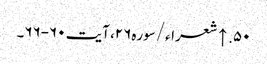
۵۰. ↑ شعراء/سوره۲۶، آیت ۶۰-۶۶۔